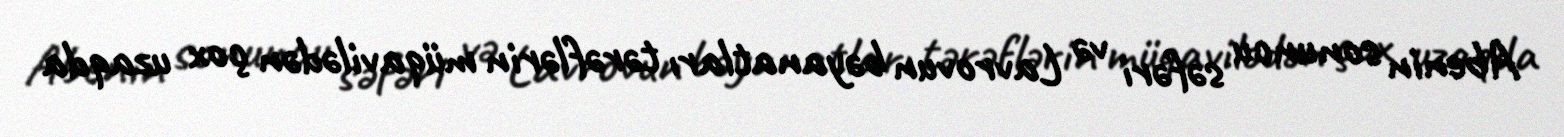
Abenin sonuncu səfəri və Lavrovun bəyanatları tərəflərin müqavilədən çox uzaqda